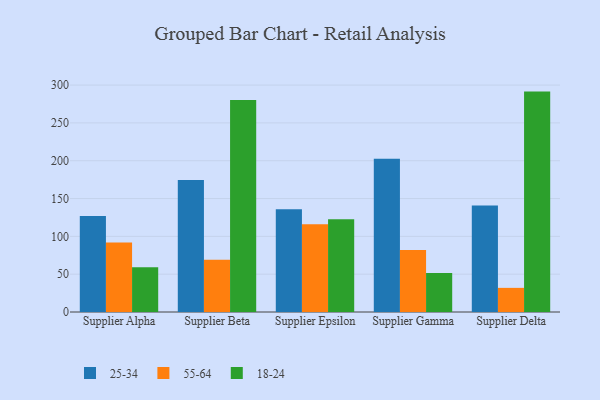
{"axis": {"x": "Supplier", "y": "Net Income (USD K)"}, "legend": ["18-24", "25-34", "55-64"], "data": [{"x": "Supplier Alpha", "y": 127.0, "type": "25-34"}, {"x": "Supplier Alpha", "y": 92.0, "type": "55-64"}, {"x": "Supplier Alpha", "y": 59.1, "type": "18-24"}, {"x": "Supplier Beta", "y": 174.5, "type": "25-34"}, {"x": "Supplier Beta", "y": 69.1, "type": "55-64"}, {"x": "Supplier Beta", "y": 280.4, "type": "18-24"}, {"x": "Supplier Epsilon", "y": 135.8, "type": "25-34"}, {"x": "Supplier Epsilon", "y": 116.0, "type": "55-64"}, {"x": "Supplier Epsilon", "y": 122.6, "type": "18-24"}, {"x": "Supplier Gamma", "y": 202.7, "type": "25-34"}, {"x": "Supplier Gamma", "y": 81.9, "type": "55-64"}, {"x": "Supplier Gamma", "y": 51.5, "type": "18-24"}, {"x": "Supplier Delta", "y": 140.8, "type": "25-34"}, {"x": "Supplier Delta", "y": 31.9, "type": "55-64"}, {"x": "Supplier Delta", "y": 291.4, "type": "18-24"}]}